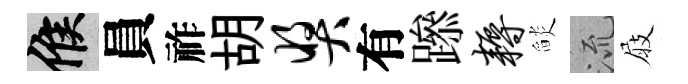
候員祚胡奖有𨅶耨𦦨𣴑屐